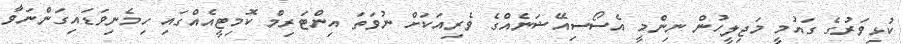
ކުޅިވަރުގެ ގައުމީ މަޖިލީހުން ނިންމީ އެސޯސިއޭޝަނެއްގެ ވެރިއަކަށް ނުވަތަ އިންޓަރިމް ކޮމިޓީއެއްގައި ހިމެނިވަޑައިގަންނަވާ